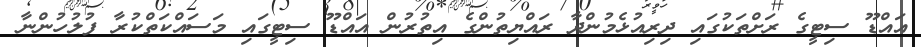
އައްޑޫ ސިޓީގެ ރަށްތަކުގައި ދިރިއުޅެމުންދާ ރައްޔިތުންގެ އިތުރުން އައްޑޫ ސިޓީގައި މަސައްކަތްކުރާ ފުލުހުންނާ